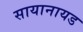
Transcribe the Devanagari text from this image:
सायानायड